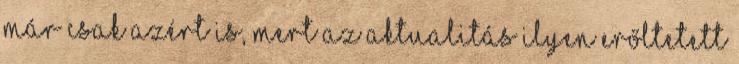
már csak azért is, mert az aktualitás ilyen erőltetett